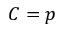
C = p